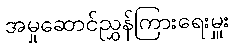
အမှုဆောင်ညွှန်ကြားရေးမှူး